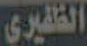
الظفيري